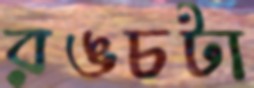
রঙচটা